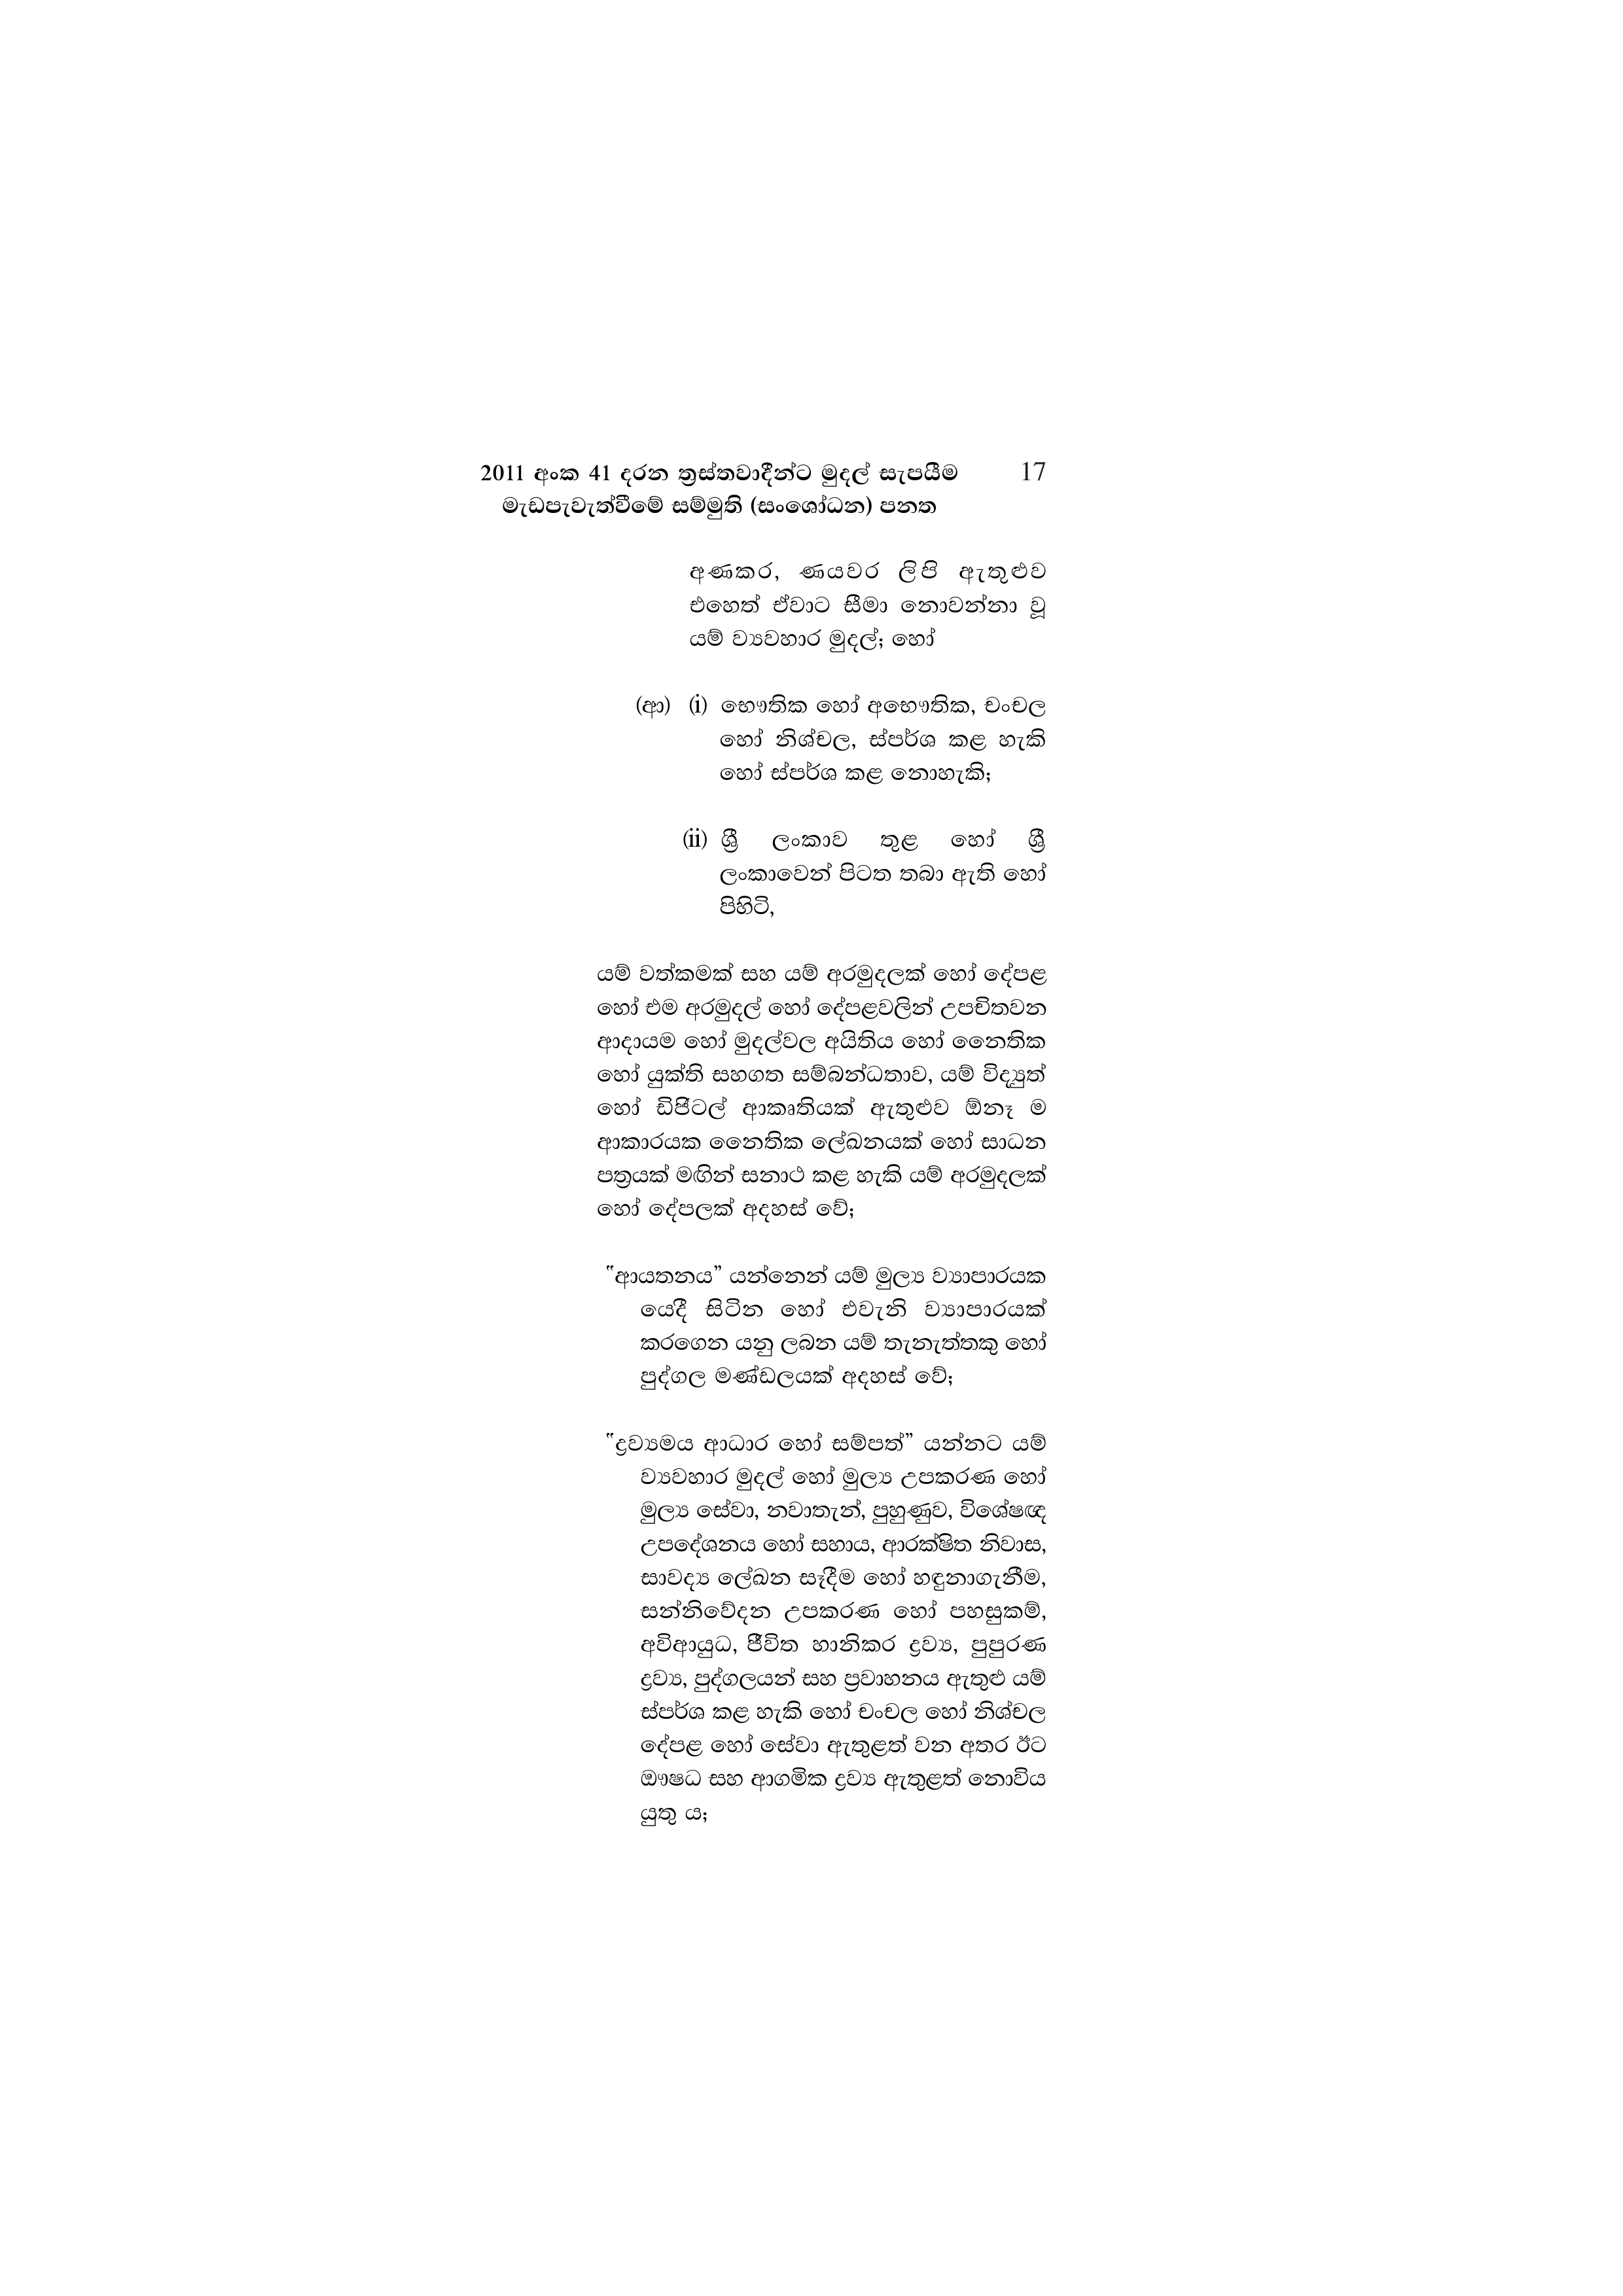
2011 අංක 41 දරන ත්‍රස්තවාදීන්ට මුදල් සැපයීම 17
මැඩපැවැත්වීමේ සම්මුති (සංශෝධන) පනත

අණකර, ණයවර ලිපි – ඇතුළුව
එහෙත් ඒවාට සීමා නොවන්නා වූ
යම් ව්‍යවහාර මුදල්; හෝ

(ආ) (i) භෞතික හෝ අභෞතික, චංචල
හෝ නිශ්චල, ස්පර්ශ කළ හැකි
හෝ ස්පර්ශ කළ නොහැකි;

(ii) ශ්‍රී ලංකාව තුළ හෝ ශ්‍රී
ලංකාවෙන් පිටත තබා ඇති හෝ
පිහිටි,

යම් වත්කමක් සහ යම් අරමුදලක් හෝ දේපළ
හෝ එම අරමුදල් හෝ දේපළවලින් උපචිතවන
ආදායම හෝ මුදල්වල අයිතිය හෝ නෛතික
හෝ යුක්ති සහගත සම්බන්ධතාව, යම් විද්‍යුත්
හෝ ඩිජිටල් ආකෘතියක් ඇතුළුව ඕනෑ ම
ආකාරයක නෛතික ලේඛනයක් හෝ සාධන
පත්‍රයක් මඟින් සනාථ කළ හැකි යම් අරමුදලක්
හෝ දේපලක් අදහස් වේ;

"ආයතනය” යන්නෙන් යම් මුල්‍ය ව්‍යාපාරයක
යෙදී සිටින හෝ එවැනි ව්‍යාපාරයක්
කරගෙන යනු ලබන යම් තැනැත්තකු හෝ
පුද්ගල මණ්ඩලයක් අදහස් වේ;

"ද්‍රව්‍යමය ආධාර හෝ සම්පත්” යන්නට යම්
ව්‍යවහාර මුදල් හෝ මුල්‍ය උපකරණ හෝ
මුල්‍ය සේවා, නවාතැන්, පුහුණුව, විශේෂඥ
උපදේශනය හෝ සහාය, ආරක්ෂිත නිවාස,
සාවද්‍ය ලේඛන සෑදීම හෝ හඳුනාගැනීම,
සන්නිවේදන උපකරණ හෝ පහසුකම්,
අවිආයුධ, ජීවිත හානිකර ද්‍රව්‍ය, පුපුරණ
ද්‍රව්‍ය, පුද්ගලයන් සහ ප්‍රවාහනය ඇතුළු යම්
ස්පර්ශ කළ හැකි හෝ චංචල හෝ නිශ්චල
දේපළ හෝ සේවා ඇතුළත් වන අතර ඊට
ඖෂධ සහ ආගමික ද්‍රව්‍ය ඇතුළත් නොවිය
යුතු ය;